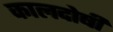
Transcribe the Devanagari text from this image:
कालदोषी